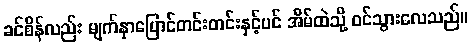
ခင်စိန်လည်း မျက်နှာပြောင်တင်းတင်းနှင့်ပင် အိမ်ထဲသို့ ဝင်သွားလေသည်။